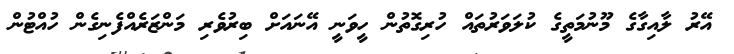
އޭރު ލާއިގާގެ މޫނުމަތީގެ ކުލަވަރުތައް ހުރިގޮތުން ހީވަނީ އޭނައަށް ބިރުވެރި މަންޒަރެއްފެނިގެން ހުއްޓުން